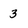
Character: 3